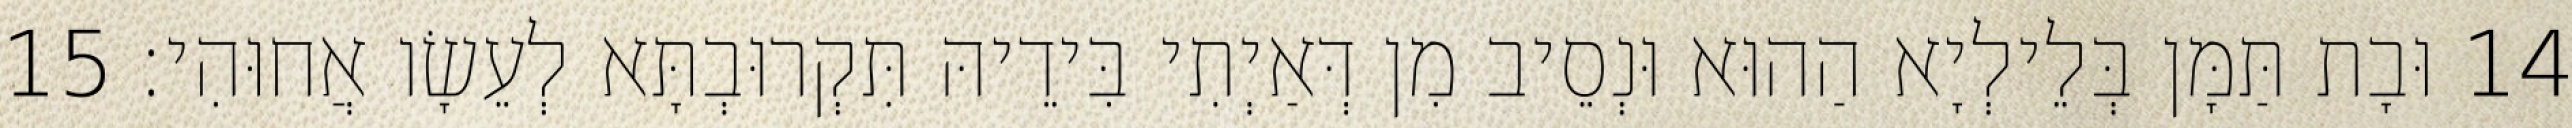
14 וּבָת תַּמָּן בְּלֵילְיָא הַהוּא וּנְסֵיב מִן דְּאַיְתִי בִּידֵיהּ תִּקְרוּבְתָּא לְעֵשָׂו אֲחוּהִי׃ 15